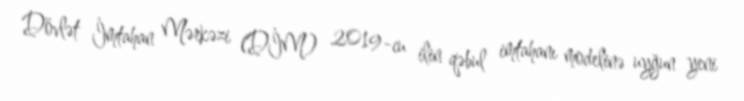
Dövlət İmtahan Mərkəzi (DİM) 2019-cu ilin qəbul imtahanı modelinə uyğun yeni